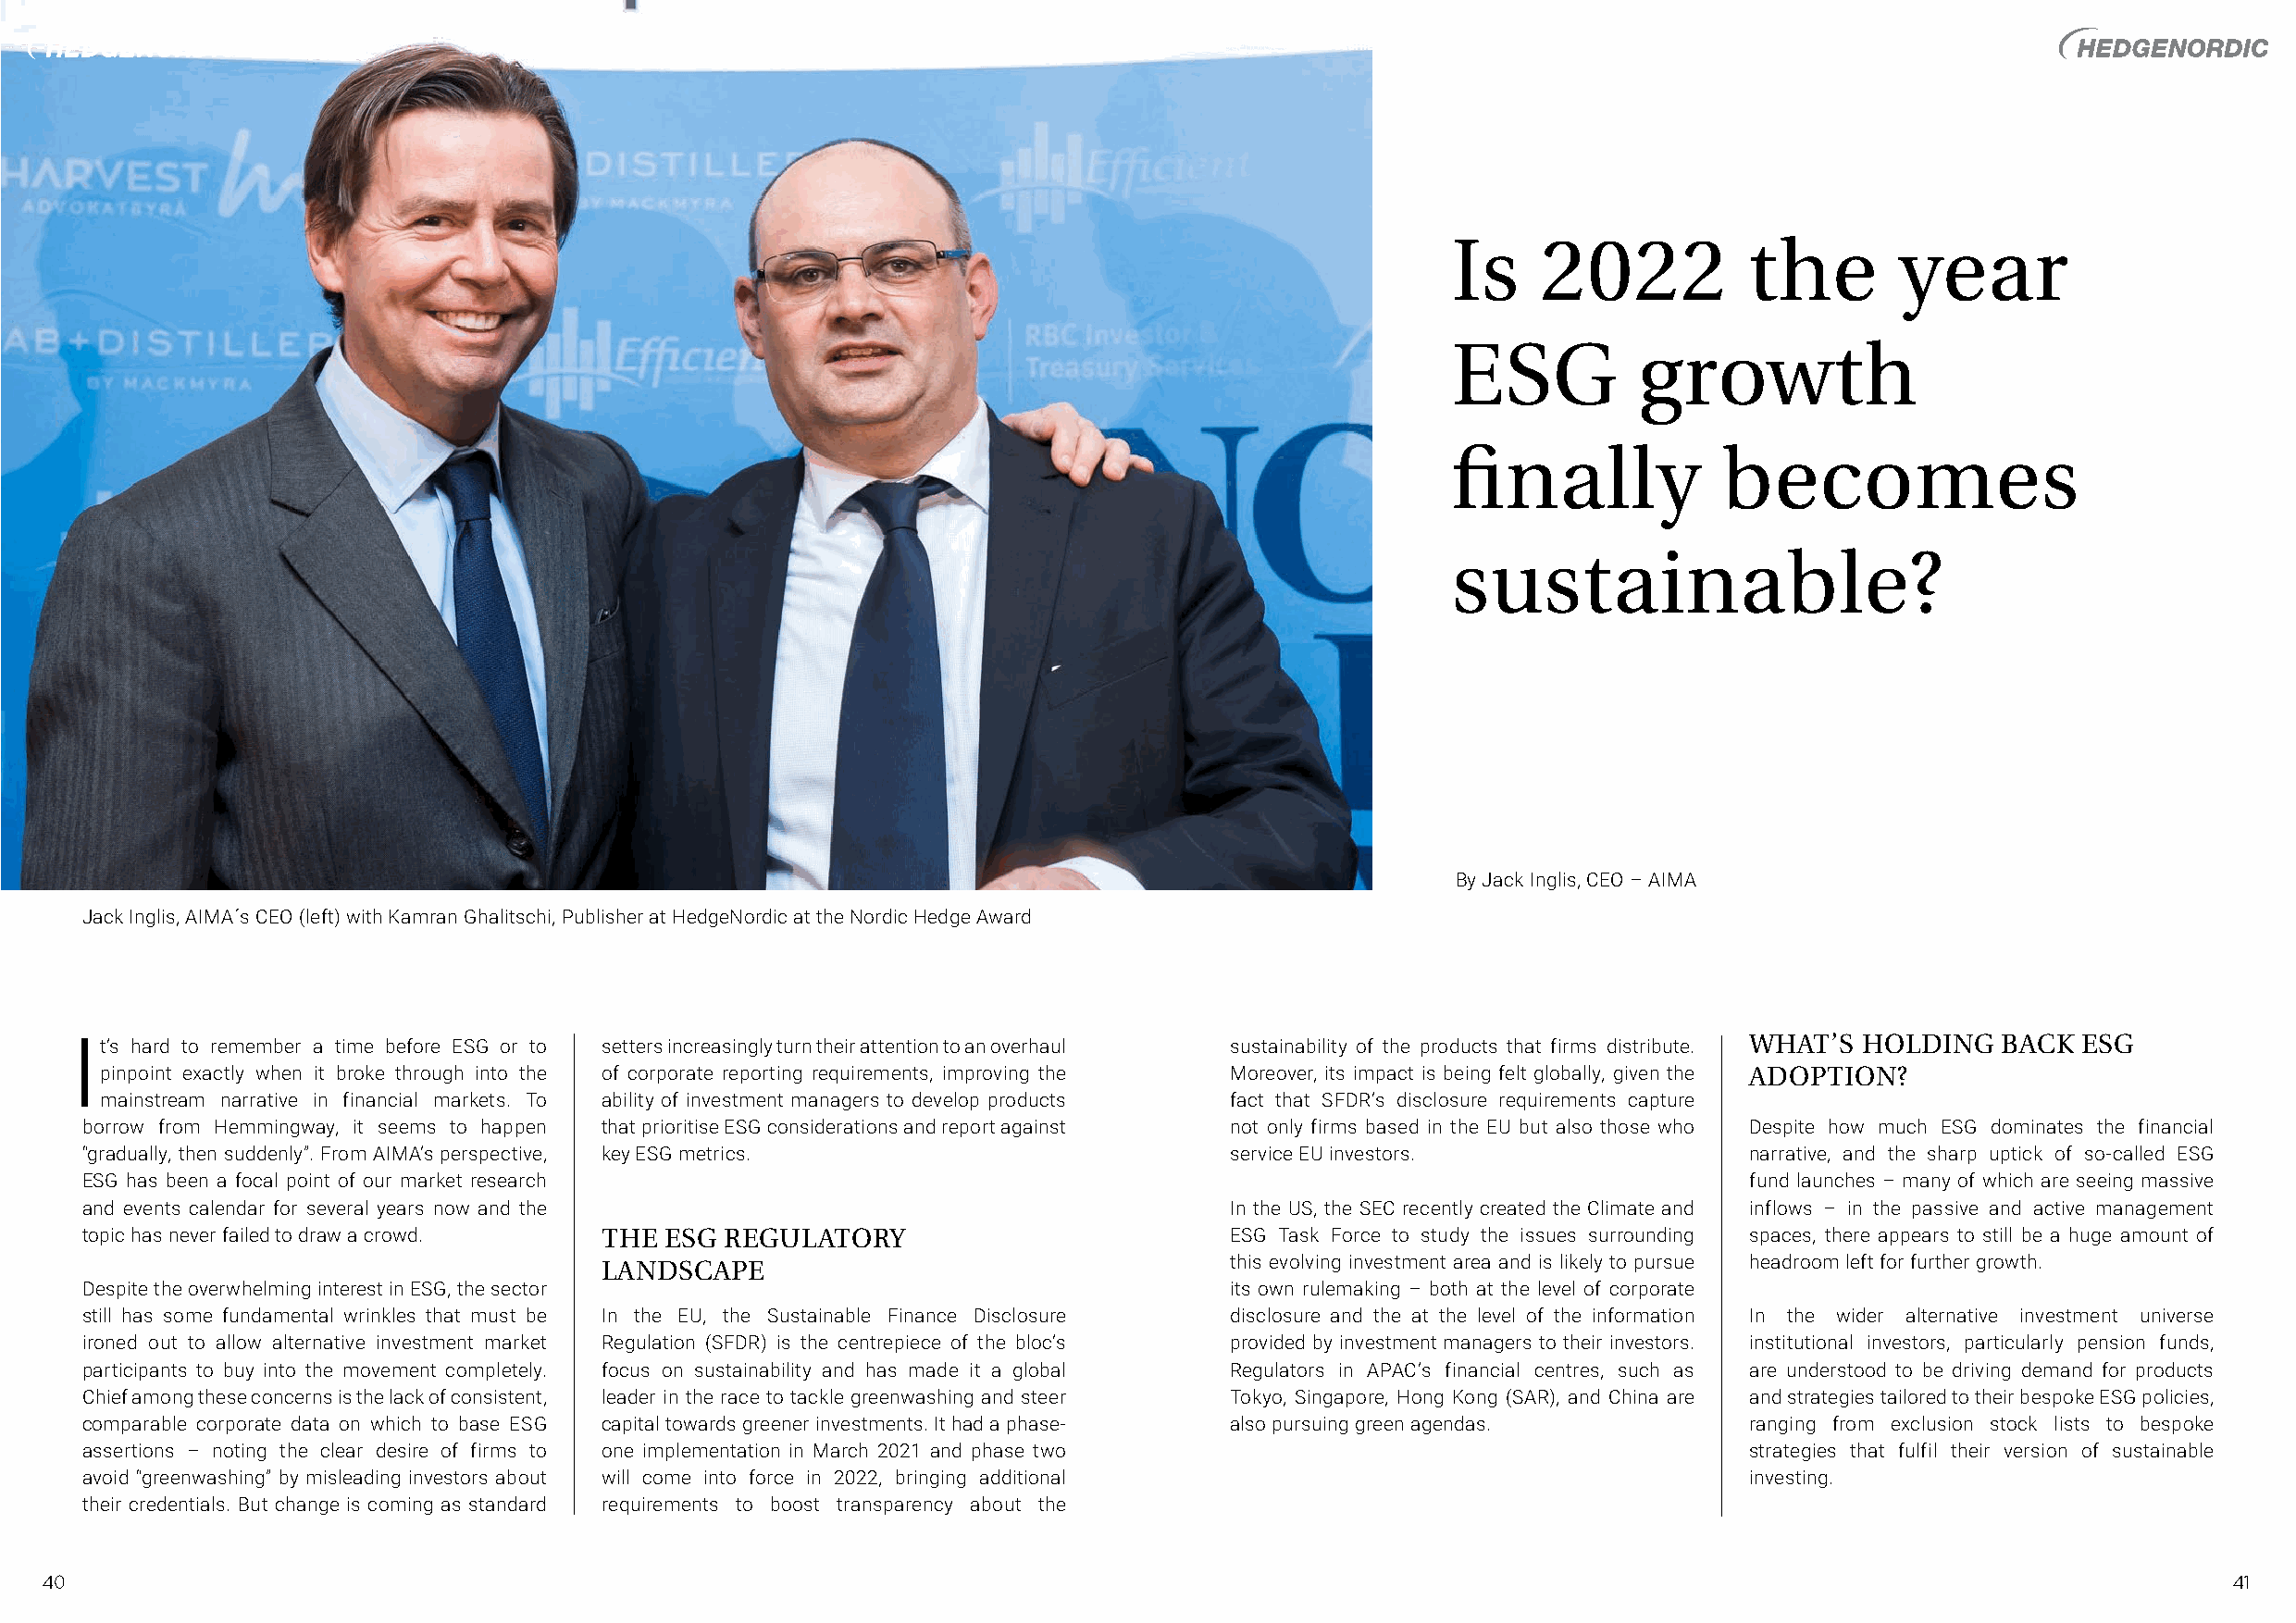
www.hedgenordic.com – December 2021 www.hedgenordic.com – December 2021
 Is    2022           the        year
 ESG          growth
 finally            becomes
 sustainable?
 By Jack Inglis, CEO – AIMA
 Jack Inglis, AIMA´s CEO (left) with Kamran Ghalitschi, Publisher at HedgeNordic at the Nordic Hedge Award
 It’s hard to remember a time before ESG or to setters increasingly turn their attention to an overhaul sustainability of the products that firms distribute. WHAT’S HOLDING BACK ESG
 pinpoint exactly when it broke through into the of corporate reporting requirements, improving the Moreover, its impact is being felt globally, given the ADOPTION?
 mainstream narrative in financial markets. To ability of investment managers to develop products fact that SFDR’s disclosure requirements capture
 borrow from Hemmingway, it seems to happen that prioritise ESG considerations and report against not only firms based in the EU but also those who Despite how much ESG dominates the financial
 “gradually, then suddenly”. From AIMA’s perspective, key ESG metrics.             service EU investors.                narrative, and the sharp uptick of so-called ESG
 ESG has been a focal point of our market research                                                                      fund launches – many of which are seeing massive
 and events calendar for several years now and the                                 In the US, the SEC recently created the Climate and inflows – in the passive and active management
 topic has never failed to draw a crowd. THE ESG REGULATORY                        ESG Task Force to study the issues surrounding spaces, there appears to still be a huge amount of
 LANDSCAPE                                    this evolving investment area and is likely to pursue headroom left for further growth.
 Despite the overwhelming interest in ESG, the sector                              its own rulemaking – both at the level of corporate
 still has some fundamental wrinkles that must be In the EU, the Sustainable Finance Disclosure disclosure and the at the level of the information In the wider alternative investment universe
 ironed out to allow alternative investment market Regulation (SFDR) is the centrepiece of the bloc’s provided by investment managers to their investors. institutional investors, particularly pension funds,
 participants to buy into the movement completely. focus on sustainability and has made it a global Regulators in APAC’s financial centres, such as are understood to be driving demand for products
 Chief among these concerns is the lack of consistent, leader in the race to tackle greenwashing and steer Tokyo, Singapore, Hong Kong (SAR), and China are and strategies tailored to their bespoke ESG policies,
 comparable corporate data on which to base ESG capital towards greener investments. It had a phase- also pursuing green agendas. ranging from exclusion stock lists to bespoke
 assertions – noting the clear desire of firms to one implementation in March 2021 and phase two                        strategies that fulfil their version of sustainable
 avoid “greenwashing” by misleading investors about will come into force in 2022, bringing additional                   investing.
 their credentials. But change is coming as standard requirements to boost transparency about the
 40                                                                                                                                                           41